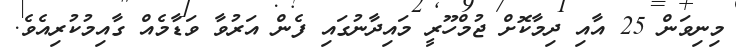
މިނިވަން 25 އާއި ދިމާކޮށް ޖުމްހޫރީ މައިދާނުގައި ފެން އަރުވާ ވަޑާމެއް ގާއިމުކުރިއެވެ.